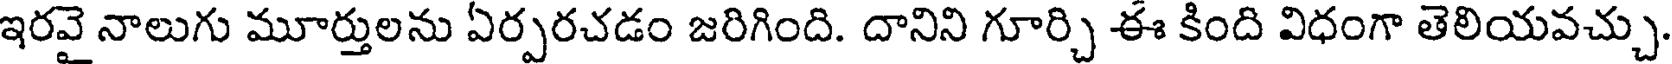
ఇరవై నాలుగు మూర్తులను ఏర్పరచడం జరిగింది. దానిని గూర్చి ఈ కింది విధంగా తెలియవచ్చు